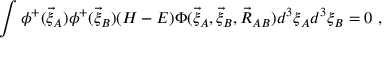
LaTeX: \int \phi ^ { + } ( \vec { \xi } _ { A } ) \phi ^ { + } ( \vec { \xi } _ { B } ) ( H - E ) \Phi ( \vec { \xi } _ { A } , \vec { \xi } _ { B } , \vec { R } _ { A B } ) d ^ { 3 } \xi _ { A } d ^ { 3 } \xi _ { B } = 0 \ ,